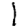
Digit: 1